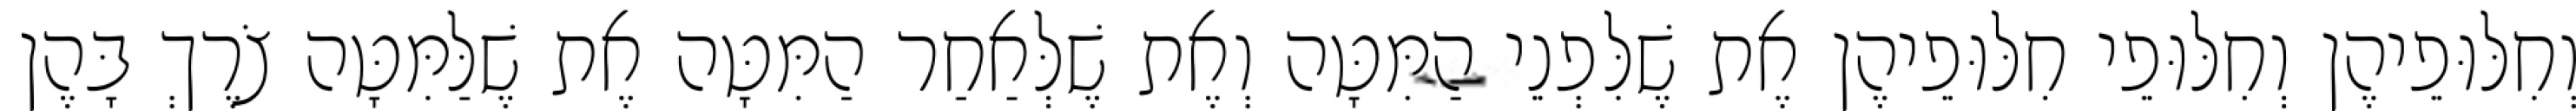
וְחִלּוּפֵיהֶן וְחִלּוּפֵי חִלּוּפֵיהֶן אֶת שֶׁלִּפְנֵי הַמִּטָּה וְאֶת שֶׁלְּאַחַר הַמִּטָּה אֶת שֶׁלַּמִּטָּה צֹרֶךְ בָּהֶן